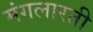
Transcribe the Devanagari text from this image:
मंगलारती